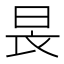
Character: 𣌪